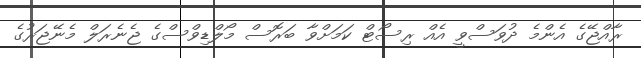
ރާއްޖޭގެ އެންމެ ދުވަސްވީ އެއް ރިސޯޓް ކަމަށްވާ ބަރޮސް މޯލްޑިވްސްގެ ޖެނެރަލް މެނޭޖަރުގެ